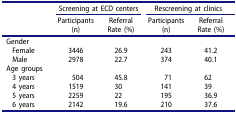
<table><thead><tr><td rowspan="2"><b> </b></td><td colspan="2"><b>Screening at ECD centers</b></td><td colspan="2"><b>Rescreening at clinics</b></td></tr><tr><td><b>Participants (n)</b></td><td><b>Referral Rate (%)</b></td><td><b>Participants (n)</b></td><td><b>Referral Rate (%)</b></td></tr></thead><tbody><tr><td>Gender</td><td> </td><td> </td><td> </td><td> </td></tr><tr><td>Female</td><td>3446</td><td>26.9</td><td>243</td><td>41.2</td></tr><tr><td>Male</td><td>2978</td><td>22.7</td><td>374</td><td>40.1</td></tr><tr><td>Age groups</td><td> </td><td> </td><td> </td><td> </td></tr><tr><td>3 years</td><td>504</td><td>45.8</td><td>71</td><td>62</td></tr><tr><td>4 years</td><td>1519</td><td>30</td><td>141</td><td>39</td></tr><tr><td>5 years</td><td>2259</td><td>22</td><td>195</td><td>36.9</td></tr><tr><td>6 years</td><td>2142</td><td>19.6</td><td>210</td><td>37.6</td></tr></tbody></table>